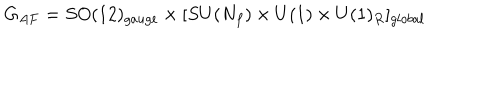
G _ { A F } = S O ( 1 2 ) _ { g a u g e } \times [ S U ( N _ { f } ) \times U ( 1 ) \times U ( 1 ) _ { R } ] _ { g l o b a l }